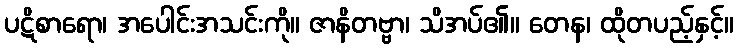
ပဋိစာရော၊ အပေါင်းအသင်းကို။ ဇာနိတဗ္ဗာ၊ သိအပ်၏။ တေန၊ ထိုတပည့်နှင့်။